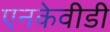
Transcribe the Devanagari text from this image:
एनकेवीडी